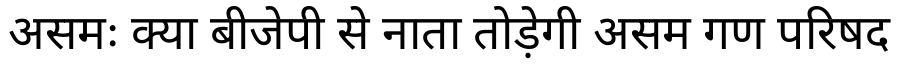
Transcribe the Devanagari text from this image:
असमः क्या बीजेपी से नाता तोड़ेगी असम गण परिषद